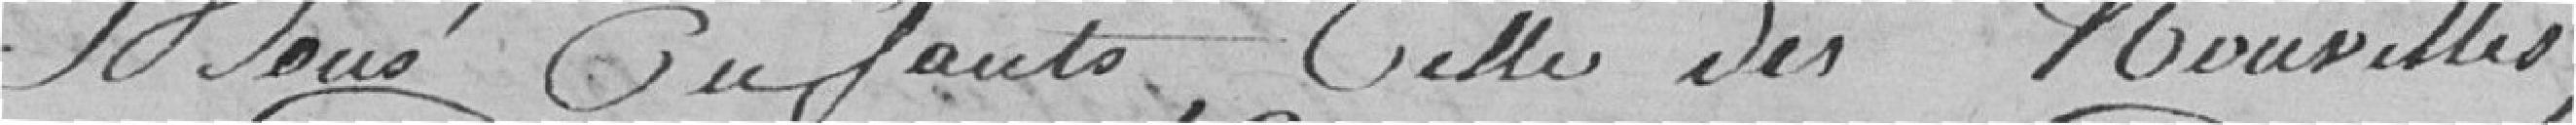
bons enfants, celle des nouvelles,